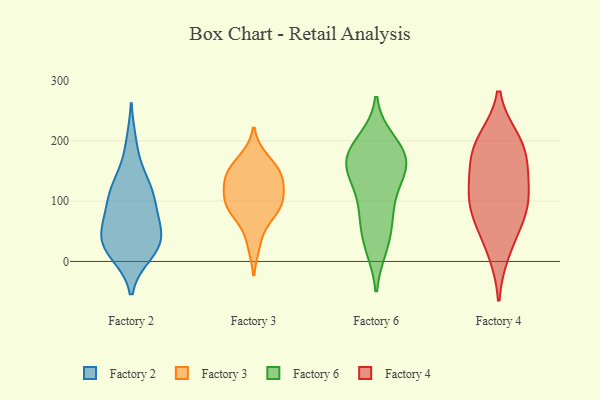
{"axis": {"x": "Churn Rate (%)", "y": "Value"}, "legend": ["Factory 2", "Factory 3", "Factory 4", "Factory 6"], "data": [{"x": "", "y": 142, "type": "Factory 2"}, {"x": "", "y": 106, "type": "Factory 2"}, {"x": "", "y": 27, "type": "Factory 2"}, {"x": "", "y": 32, "type": "Factory 2"}, {"x": "", "y": 30, "type": "Factory 2"}, {"x": "", "y": 54, "type": "Factory 2"}, {"x": "", "y": 88, "type": "Factory 2"}, {"x": "", "y": 58, "type": "Factory 2"}, {"x": "", "y": 13, "type": "Factory 2"}, {"x": "", "y": 196, "type": "Factory 2"}, {"x": "", "y": 45, "type": "Factory 2"}, {"x": "", "y": 12, "type": "Factory 2"}, {"x": "", "y": 89, "type": "Factory 2"}, {"x": "", "y": 128, "type": "Factory 2"}, {"x": "", "y": 116, "type": "Factory 2"}, {"x": "", "y": 139, "type": "Factory 3"}, {"x": "", "y": 117, "type": "Factory 3"}, {"x": "", "y": 155, "type": "Factory 3"}, {"x": "", "y": 129, "type": "Factory 3"}, {"x": "", "y": 86, "type": "Factory 3"}, {"x": "", "y": 169, "type": "Factory 3"}, {"x": "", "y": 93, "type": "Factory 3"}, {"x": "", "y": 144, "type": "Factory 3"}, {"x": "", "y": 93, "type": "Factory 3"}, {"x": "", "y": 82, "type": "Factory 3"}, {"x": "", "y": 30, "type": "Factory 3"}, {"x": "", "y": 199, "type": "Factory 6"}, {"x": "", "y": 152, "type": "Factory 6"}, {"x": "", "y": 24, "type": "Factory 6"}, {"x": "", "y": 180, "type": "Factory 6"}, {"x": "", "y": 139, "type": "Factory 6"}, {"x": "", "y": 150, "type": "Factory 6"}, {"x": "", "y": 181, "type": "Factory 6"}, {"x": "", "y": 86, "type": "Factory 6"}, {"x": "", "y": 64, "type": "Factory 6"}, {"x": "", "y": 29, "type": "Factory 6"}, {"x": "", "y": 183, "type": "Factory 6"}, {"x": "", "y": 85, "type": "Factory 6"}, {"x": "", "y": 139, "type": "Factory 6"}, {"x": "", "y": 171, "type": "Factory 6"}, {"x": "", "y": 79, "type": "Factory 4"}, {"x": "", "y": 61, "type": "Factory 4"}, {"x": "", "y": 161, "type": "Factory 4"}, {"x": "", "y": 108, "type": "Factory 4"}, {"x": "", "y": 178, "type": "Factory 4"}, {"x": "", "y": 200, "type": "Factory 4"}, {"x": "", "y": 100, "type": "Factory 4"}, {"x": "", "y": 196, "type": "Factory 4"}, {"x": "", "y": 127, "type": "Factory 4"}, {"x": "", "y": 17, "type": "Factory 4"}]}